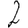
Digit: 2